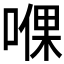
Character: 𱓹